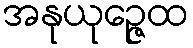
အနုယုဉ္ဇေထ